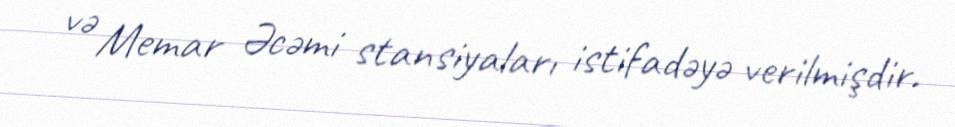
və Memar Əcəmi stansiyaları istifadəyə verilmişdir.